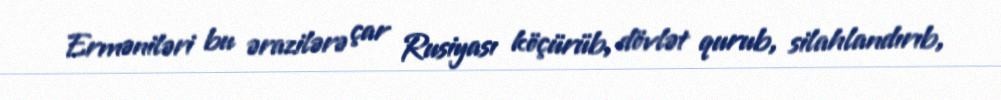
Erməniləri bu ərazilərə çar Rusiyası köçürüb, dövlət qurub, silahlandırıb,